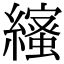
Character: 𦆥